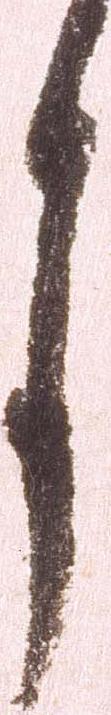
月